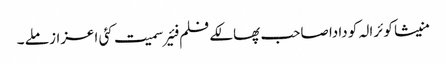
منیشا کوئرالہ کو دادا صاحب پھالکے فلم فئیر سمیت کئی اعزاز ملے ۔